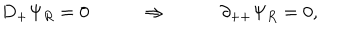
D _ { + } \Psi _ { R } = 0 \qquad \Rightarrow \qquad \partial _ { + + } \Psi _ { R } = 0 ,